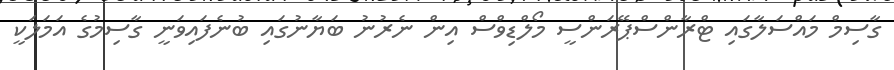
ގާސިމް މައްސަލާގައި ޓްރާންސްޕޭރަންސީ މޯލްޑިވްސް އިން ނެރުނު ބަޔާނުގައި ބުނެފައިވަނީ ގާސިމުގެ އަމަލަކީ